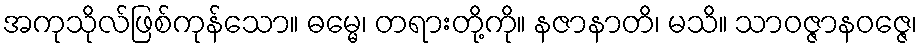
အကုသိုလ်ဖြစ်ကုန်သော။ ဓမ္မေ၊ တရားတို့ကို။ နဇာနာတိ၊ မသိ။ သာဝဇ္ဇာနဝဇ္ဇေ၊